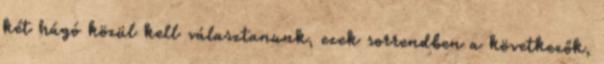
két hágó közül kell választanunk, ezek sorrendben a következők,